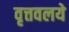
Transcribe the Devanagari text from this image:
वृत्तवलये